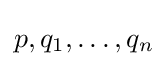
p,q_{1},\ldots ,q_{n}